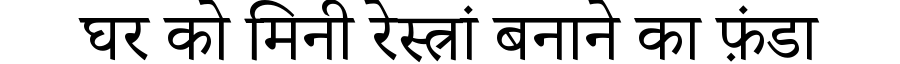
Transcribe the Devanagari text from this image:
घर को मिनी रेस्त्रां बनाने का फ़ंडा